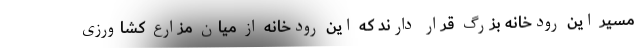
مسیر این رودخانه بزرگ قرار دارند که این رودخانه از میان مزارع کشاورزی